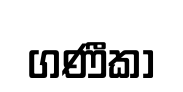
ගණීකා